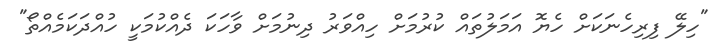
"ހިލޭ ފިރިހެނަކަށް ހެޔޮ އަމަލުތައް ކުރުމަށް ހިއްވަރު ދިނުމަށް ވާހަކަ ދެއްކުމަކީ ހުއްދަކަމެއްތޯ"